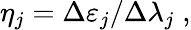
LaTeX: \begin{array}{r}{\eta_{j}=\Delta\varepsilon_{j}/\Delta\lambda_{j}\; ,}\end{array}